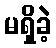
မရှိခဲ့